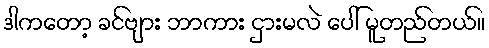
ဒါကတော့ ခင်ဗျား ဘာကား ငှားမလဲ ပေါ် မူတည်တယ်။